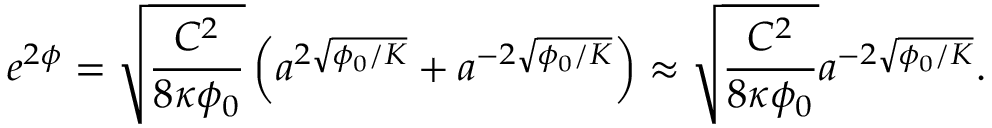
e ^ { 2 \phi } = \sqrt { \frac { C ^ { 2 } } { 8 \kappa \phi _ { 0 } } } \left( a ^ { 2 \sqrt { \phi _ { 0 } / K } } + a ^ { - 2 \sqrt { \phi _ { 0 } / K } } \right) \approx \sqrt { \frac { C ^ { 2 } } { 8 \kappa \phi _ { 0 } } } a ^ { - 2 \sqrt { \phi _ { 0 } / K } } .